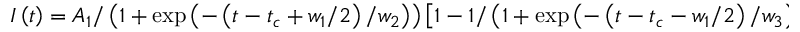
I \left( t \right) = A _ { 1 } / \left( 1 + \exp \left( - \left( t - t _ { c } + w _ { 1 } / 2 \right) / w _ { 2 } \right) \right) \left[ 1 - 1 / \left( 1 + \exp \left( - \left( t - t _ { c } - w _ { 1 } / 2 \right) / w _ { 3 } \right) \right) \right]